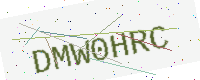
Text: DMW0HRC